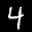
Label: 4